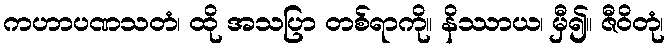
ကဟာပဏသတံ၊ ထို အသပြာ တစ်ရာကို။ နိဿာယ၊ မှီ၍။ ဇီဝိတုံ၊